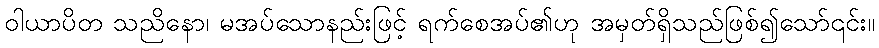
ဝါယာပိတ သညိနော၊ မအပ်သောနည်းဖြင့် ရက်စေအပ်၏ဟု အမှတ်ရှိသည်ဖြစ်၍သော်၎င်း။